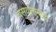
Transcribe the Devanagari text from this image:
बसवतानाच